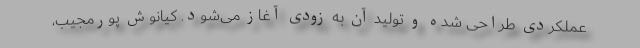
عملکردی طراحی شده و تولید آن به زودی آغاز می‌شود. کیانوش پورمجیب،